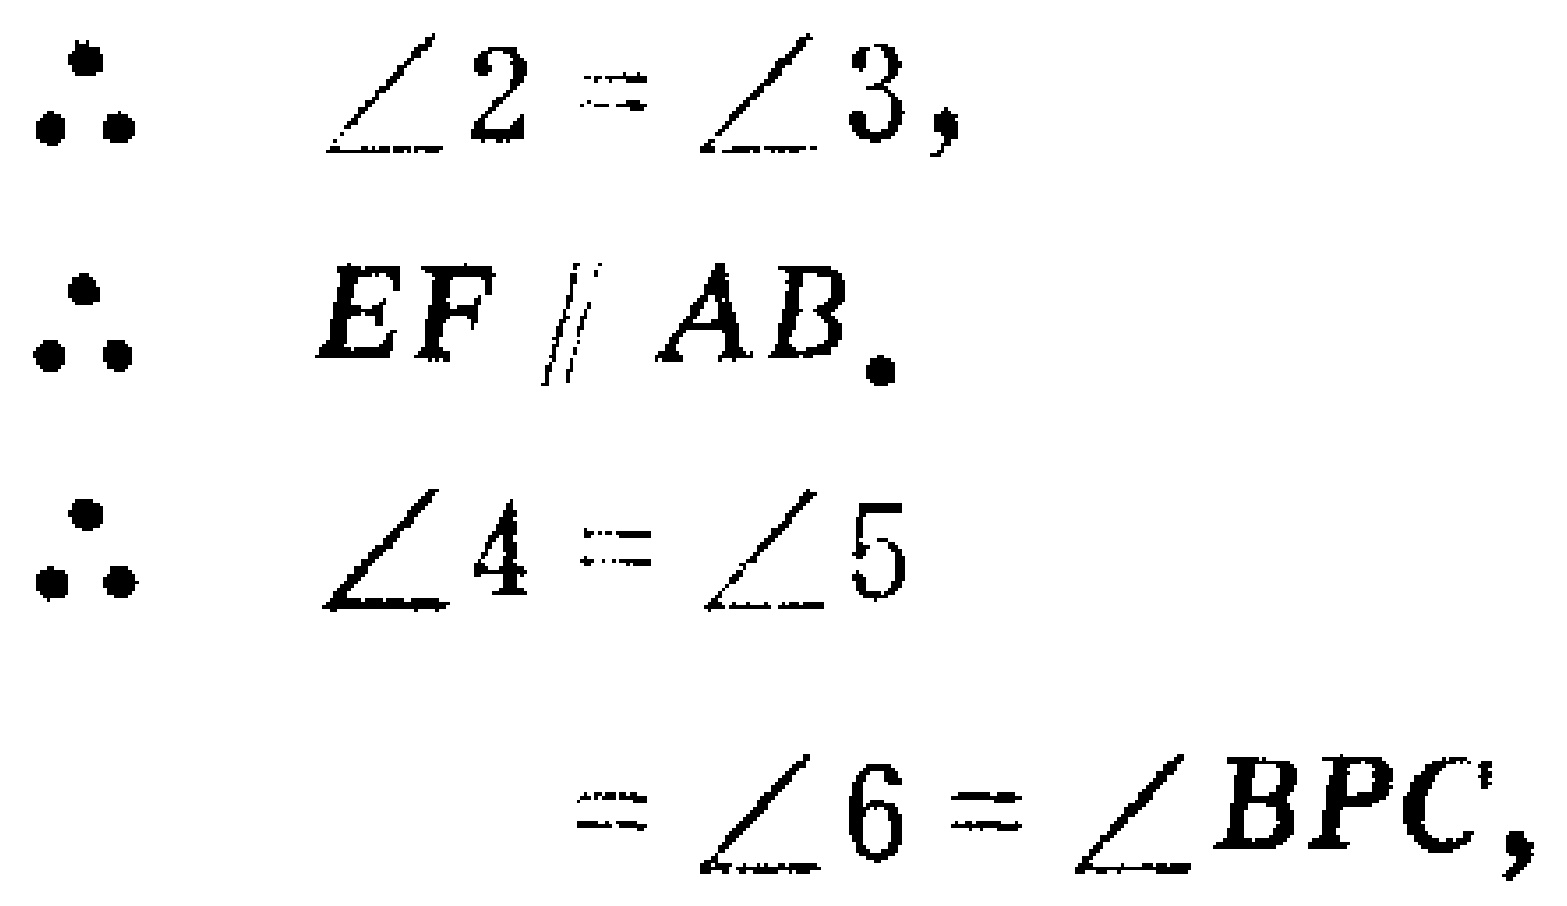
\[\begin{align*}
&\therefore \angle 2=\angle 3,\\
&\therefore EF\parallel AB.\\
&\therefore \angle 4=\angle 5\\
&=\angle 6 = \angle BPC,
\end{align*}\]